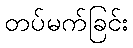
တပ်မက်ခြင်း